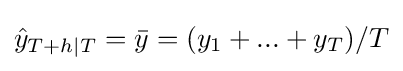
{\hat {y}}_{T+h|T}={\bar {y}}=(y_{1}+...+y_{T})/T